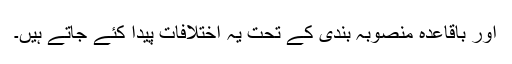
اور باقاعدہ منصوبہ بندی کے تحت یہ اختلافات پیدا کئے جاتے ہیں۔